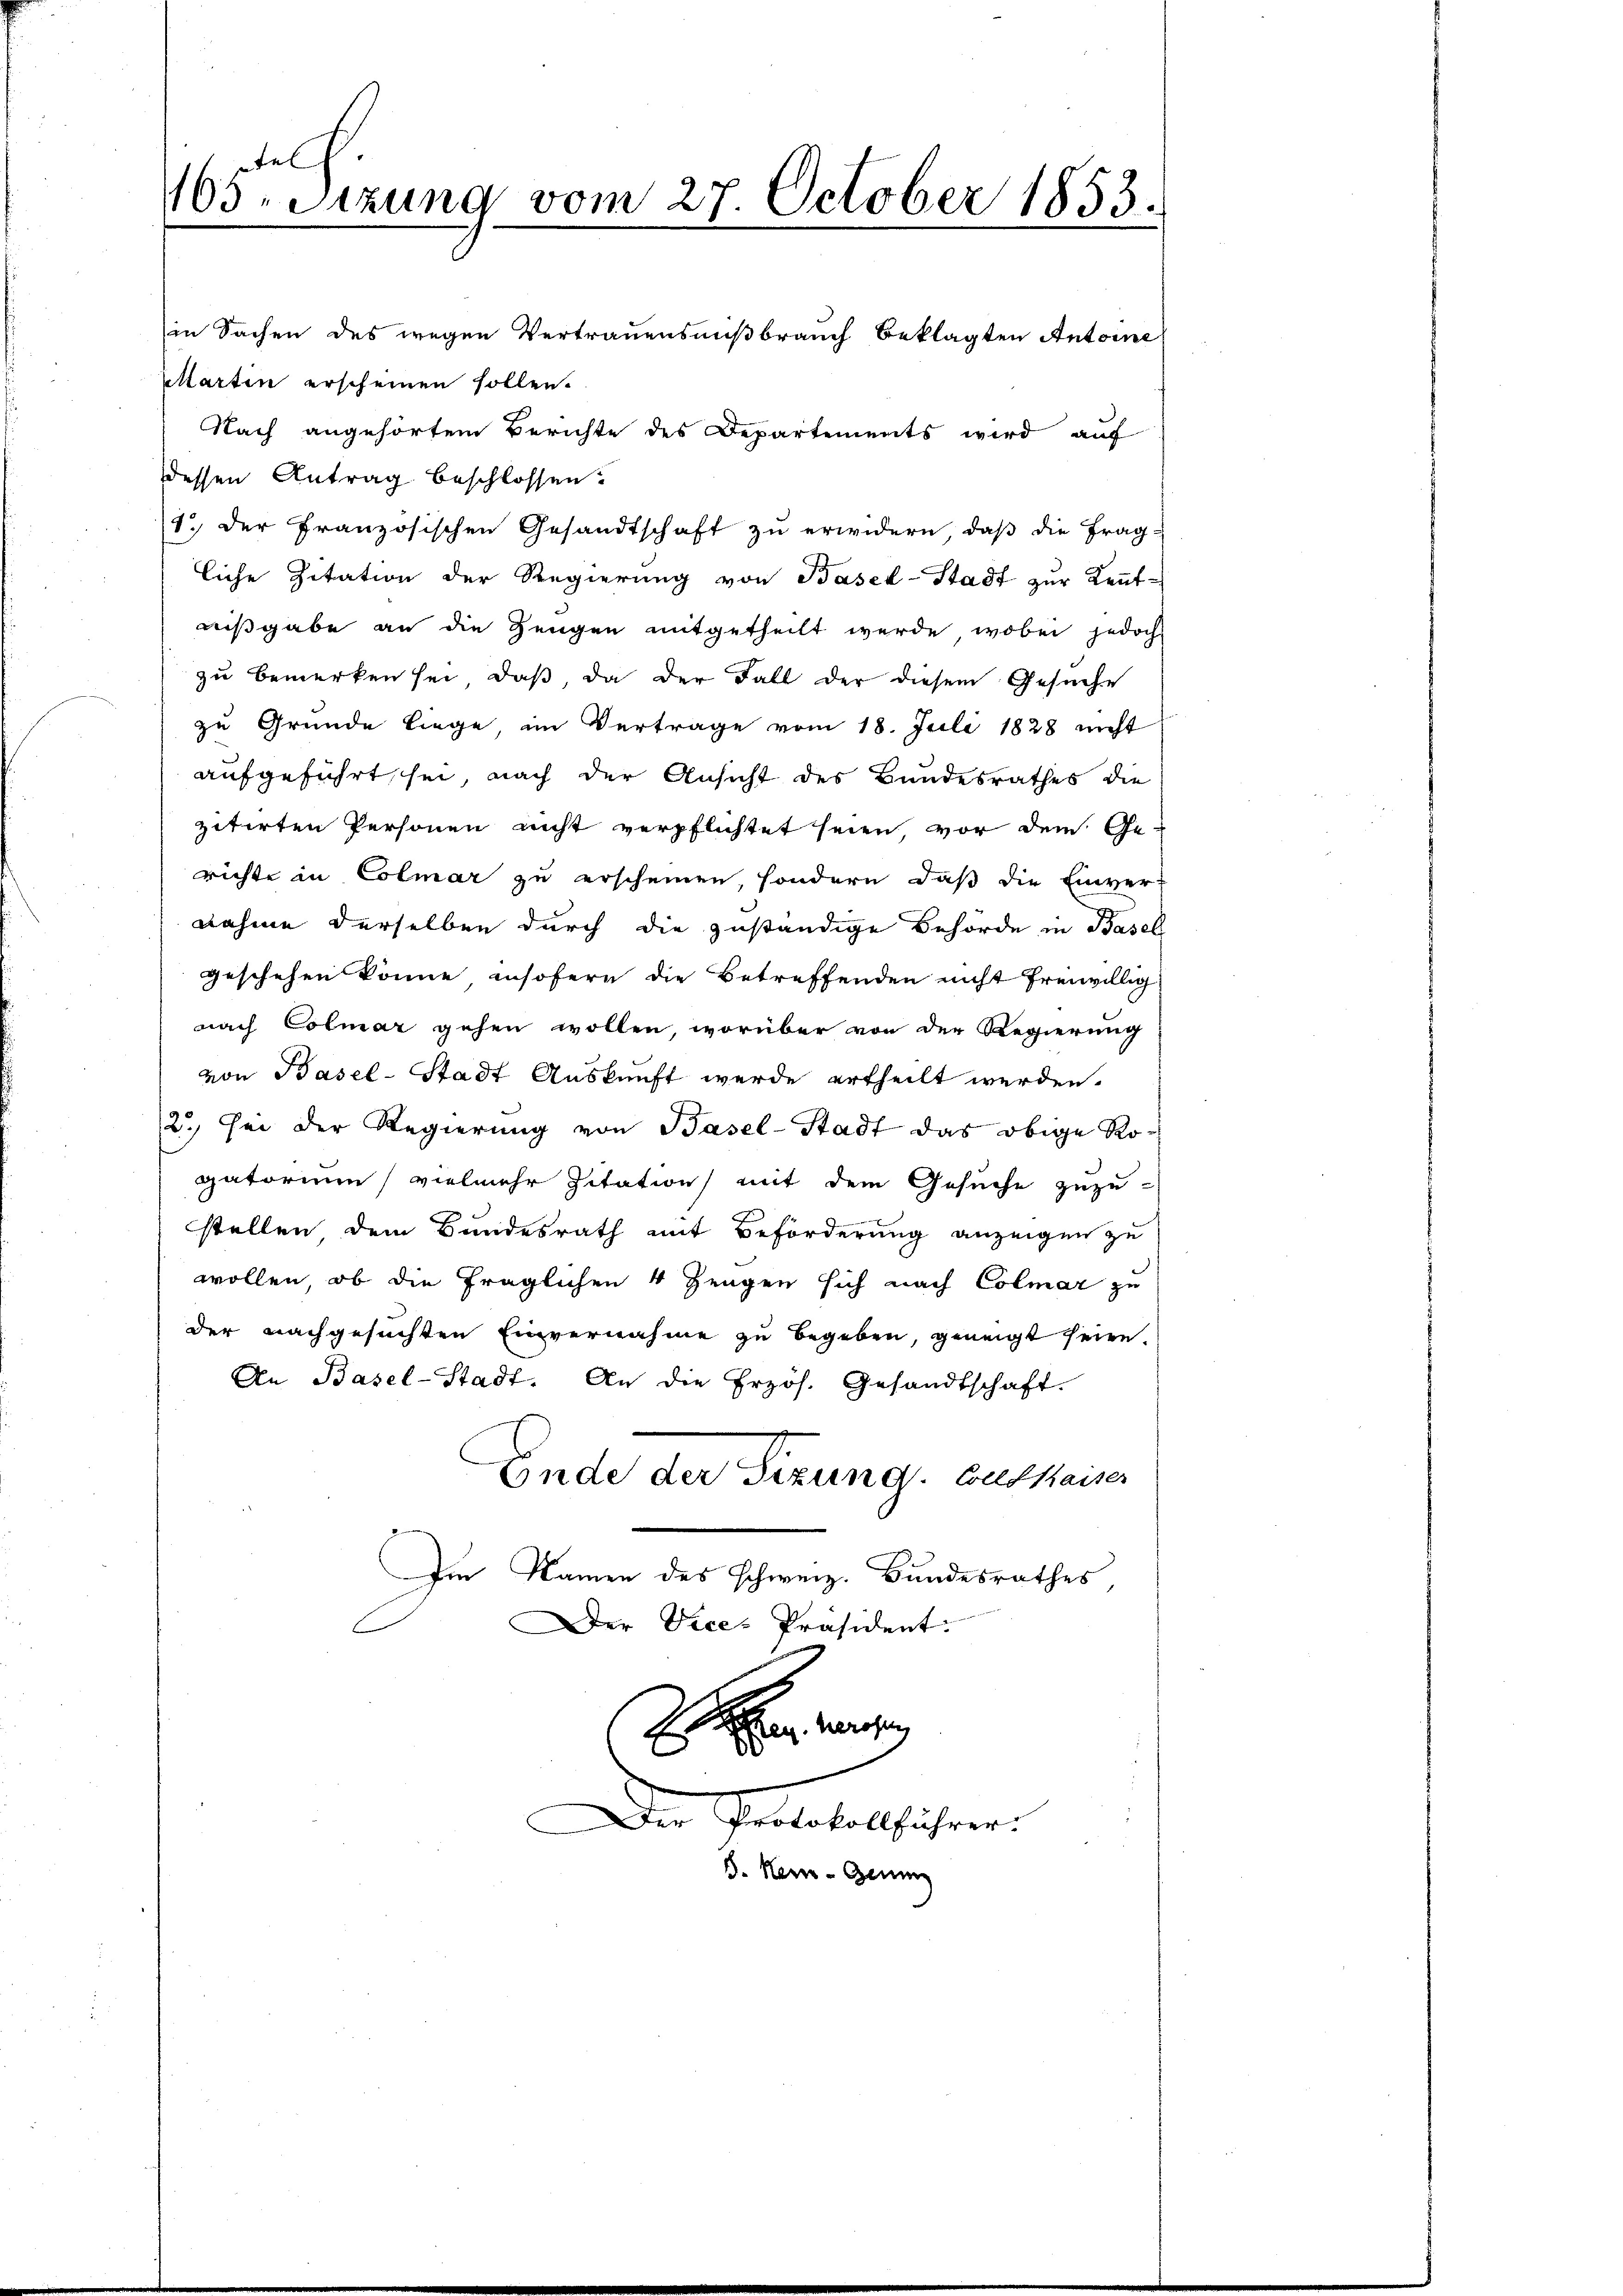
telf
165. Sitzung vom 27. October 1853.
in Sachen des wegen Vertrauensnißbrauch beklagten Antoine
Marten erscheinen sollen.
Nach angehörtem Berichte des Departements wird auf

dessen Antrag beschlossen.
1.) Der Französischen Gesandtschaft zu erwidern, daß die Frag-
liche Zitation der Regierŭng von Basel-Stadt zŭr Keṅt-
nißgabe an die Zeugen mitgetheilt werde, wobei jedoch
zu bemerken sei, daß, da der Fall der diesem Gesuche
zu Grunde liege, im Vertrage vom 18. Juli 1828 nicht
aufgeführt sei, nach der Ansicht des Bundesrathes die
zitirten Personen nicht verpflichtet seien, vor dem Gerichte in Colmar zu erscheinen, sondern, daß die Einver-
nahme derselben durch die zuständige Behörde in Basell
geschehen könne insofern die Betreffenden nicht freiwillig
nach Colmar gehen wollen, worüber von der Regierung
von Basel-Stadt Auskunft werde ertheilt werden.
2.) Sei der Regierung von Basel-Stadt das obige Rogatorium vielmehr Zitation mit dem Gesuche zuzu-
stellen dem Bundesrath mit Beförderung anzeigen zu
wollen, ob die fraglichen 4 Zeugen sich nach Colmar zu
der nachgesuchten Einvernahme zu begeben, geneigt seien.
An Basel-Stadt. An die Erzös. Gesandtschaft.
Ende der Sizung. Budkaiser
Im Namen des schweiz. Bundesrathes,
Der Vice-Präsident:

J. von se
Der Protokollführer.

d. Heue-Gene